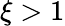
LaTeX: \xi>1